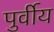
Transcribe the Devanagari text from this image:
पुर्वीय